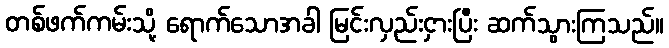
တစ်ဖက်ကမ်းသို့ ရောက်သောအခါ မြင်းလှည်းငှားပြီး ဆက်သွားကြသည်။